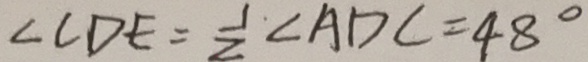
\angle C D E = \frac { 1 } { 2 } \angle A D C = 4 8 ^ { \circ }